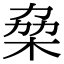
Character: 𠡷